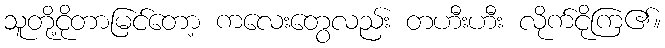
သူတို့ငိုတာမြင်တော့ ကလေးတွေလည်း တဟီးဟီး လိုက်ငိုကြ၏။